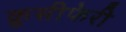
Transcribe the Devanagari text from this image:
क्रूसीफेरी